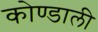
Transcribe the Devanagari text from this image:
कोण्डाली